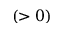
( > 0 )